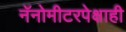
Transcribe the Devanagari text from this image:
नॅनोमीटरपेक्षाही